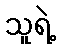
သူရဲ့